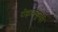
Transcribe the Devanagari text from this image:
रोह्याकडूनही